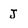
Character: J